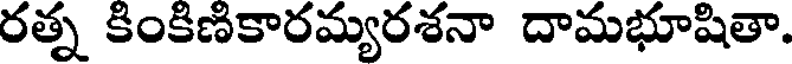
రత్న కింకిణికారమ్యరశనా దామభూషితా.